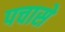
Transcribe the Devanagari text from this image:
पचासे